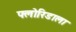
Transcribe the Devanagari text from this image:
फ्लोरिडाला